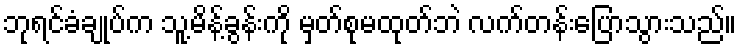
ဘုရင်ခံချုပ်က သူ့မိန့်ခွန်းကို မှတ်စုမထုတ်ဘဲ လက်တန်းပြောသွားသည်။